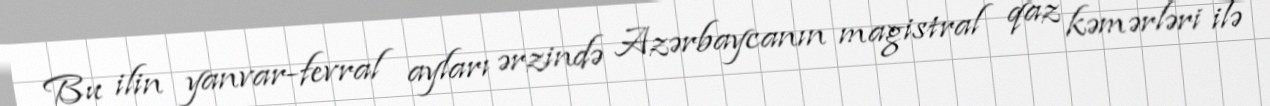
Bu ilin yanvar-fevral ayları ərzində Azərbaycanın magistral qaz kəmərləri ilə